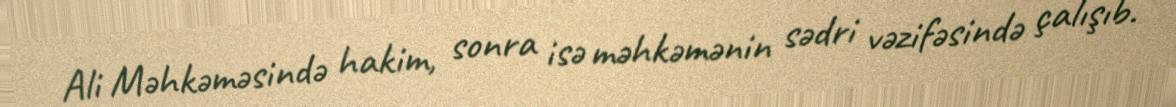
Ali Məhkəməsində hakim, sonra isə məhkəmənin sədri vəzifəsində çalışıb.